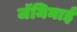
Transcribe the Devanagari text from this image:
जॅमिनाई